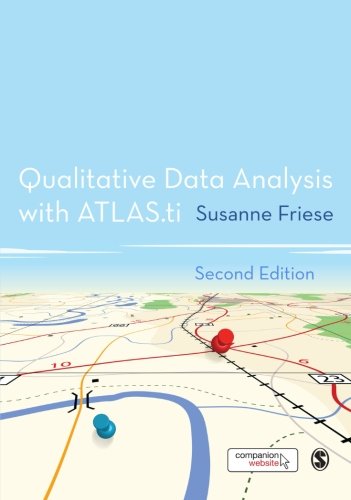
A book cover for Qualitative Data Analysis with ATLAS.ti; Susanne Friese; Science & Math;